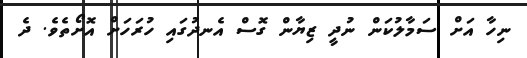
ނިހާ އަށް ސަމާލުކަން ނުދީ ޒިޔާން ގޮސް އެނދުގައި ހުރަހަށް އޮށޯތެވެ. ދެ